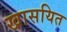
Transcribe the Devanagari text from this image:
खासयित